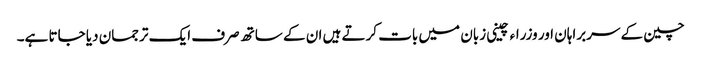
چین کے سربراہان اور وزراء چینی زبان میں بات کرتے ہیں ان کے ساتھ صرف ایک ترجمان دیا جاتا ہے۔